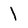
Character: 1